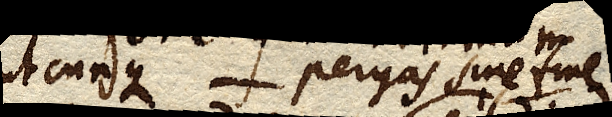
utcunque pergas sine fine